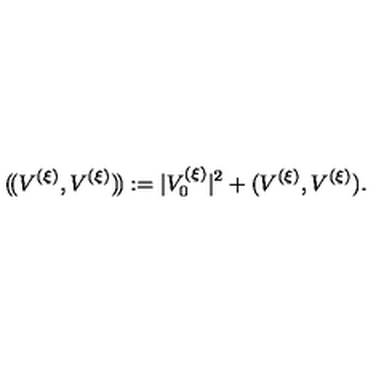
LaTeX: ( \! ( V ^ { ( \xi ) } , V ^ { ( \xi ) } ) \! ) : = | V _ { 0 } ^ { ( \xi ) } | ^ { 2 } + ( V ^ { ( \xi ) } , V ^ { ( \xi ) } ) .